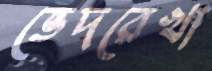
ভেদরেখা